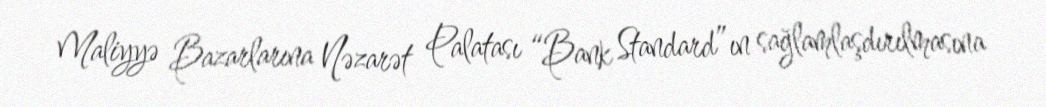
Maliyyə Bazarlarına Nəzarət Palatası “Bank Standard”ın sağlamlaşdırılmasına